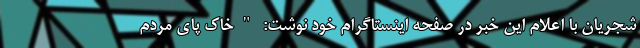
شجریان با اعلام این خبر در صفحه اینستاگرام خود نوشت: "خاک پای مردم